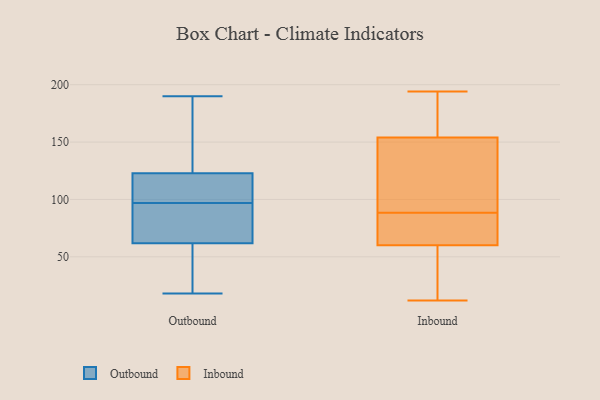
{"axis": {"x": "Gross Profit (USD K)", "y": "Value"}, "legend": ["Inbound", "Outbound"], "data": [{"x": "", "y": 18, "type": "Outbound"}, {"x": "", "y": 101, "type": "Outbound"}, {"x": "", "y": 144, "type": "Outbound"}, {"x": "", "y": 130, "type": "Outbound"}, {"x": "", "y": 72, "type": "Outbound"}, {"x": "", "y": 32, "type": "Outbound"}, {"x": "", "y": 100, "type": "Outbound"}, {"x": "", "y": 61, "type": "Outbound"}, {"x": "", "y": 97, "type": "Outbound"}, {"x": "", "y": 64, "type": "Outbound"}, {"x": "", "y": 190, "type": "Outbound"}, {"x": "", "y": 68, "type": "Inbound"}, {"x": "", "y": 194, "type": "Inbound"}, {"x": "", "y": 42, "type": "Inbound"}, {"x": "", "y": 116, "type": "Inbound"}, {"x": "", "y": 12, "type": "Inbound"}, {"x": "", "y": 92, "type": "Inbound"}, {"x": "", "y": 132, "type": "Inbound"}, {"x": "", "y": 194, "type": "Inbound"}, {"x": "", "y": 24, "type": "Inbound"}, {"x": "", "y": 85, "type": "Inbound"}, {"x": "", "y": 120, "type": "Inbound"}, {"x": "", "y": 30, "type": "Inbound"}, {"x": "", "y": 84, "type": "Inbound"}, {"x": "", "y": 194, "type": "Inbound"}, {"x": "", "y": 168, "type": "Inbound"}, {"x": "", "y": 64, "type": "Inbound"}, {"x": "", "y": 154, "type": "Inbound"}, {"x": "", "y": 60, "type": "Inbound"}]}